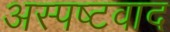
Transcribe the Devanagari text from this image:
अस्पष्टवाद